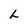
Character: L